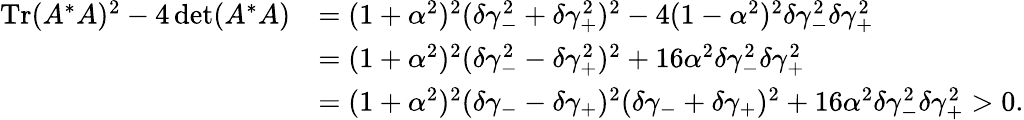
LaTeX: \begin{array}{rl}{\operatorname{Tr}(A^{*}A)^{2}-4\operatorname*{det}(A^{*}A)}&{=(1+\alpha^{2})^{2}(\delta\gamma_{-}^{2}+\delta\gamma_{+}^{2})^{2}-4(1-\alpha^{2})^{2}\delta\gamma_{-}^{2}\delta\gamma_{+}^{2}}\\ &{=(1+\alpha^{2})^{2}(\delta\gamma_{-}^{2}-\delta\gamma_{+}^{2})^{2}+16\alpha^{2}\delta\gamma_{-}^{2}\delta\gamma_{+}^{2}}\\ &{=(1+\alpha^{2})^{2}(\delta\gamma_{-}-\delta\gamma_{+})^{2}(\delta\gamma_{-}+\delta\gamma_{+})^{2}+16\alpha^{2}\delta\gamma_{-}^{2}\delta\gamma_{+}^{2}>0.}\end{array}